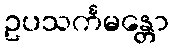
ဥပသင်္ကမန္တော